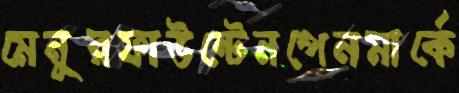
মেনুরফাউন্টেনপেনমার্কে